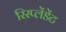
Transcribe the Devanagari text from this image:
रिस्प्लेंडेंट